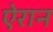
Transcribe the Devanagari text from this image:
ऐरान